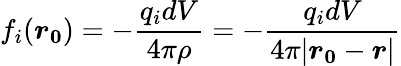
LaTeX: f_{i}(\boldsymbol{r_{0}})=-\frac{q_{i}dV}{4\pi\rho}=-\frac{q_{i}dV}{4\pi|\boldsymbol{r_{0}}-\boldsymbol{r}|}